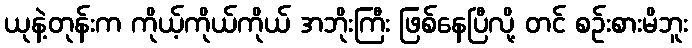
ယုနဲ့တုန်းက ကိုယ့်ကိုယ်ကိုယ် အဘိုးကြီး ဖြစ်နေပြီလို့ တင် စဉ်းစားမိဘူး